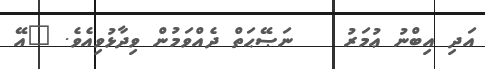
އަދި އިބްނު ޢުމަރު    ނަޞޭޙަތް ދެއްވަމުން ވިދާޅުވިއެވެ. "އޭ